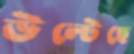
উল্‌টেছে